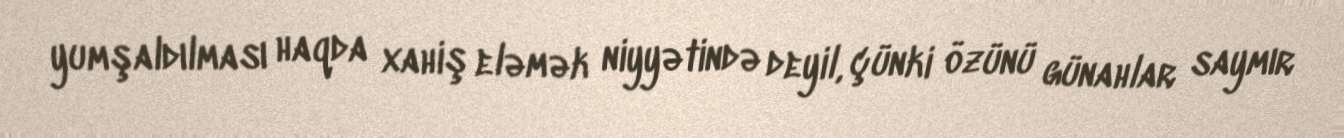
yumşaldılması haqda xahiş eləmək niyyətində deyil, çünki özünü günahlar saymır